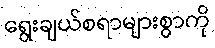
ရွေးချယ်စရာများစွာကို